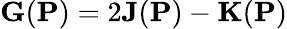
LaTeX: {\mathbf G}({\mathbf P})=2{\mathbf J}({\mathbf P})-{\mathbf K}({\mathbf P})